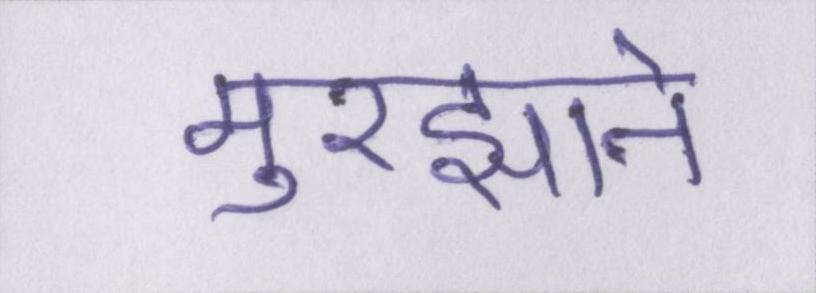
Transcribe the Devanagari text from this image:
मुरझाने